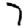
Digit: 7